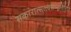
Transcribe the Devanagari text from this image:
सकारात्सत्त्वसम्भूतिरिति